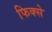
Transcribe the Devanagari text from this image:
फिक्से